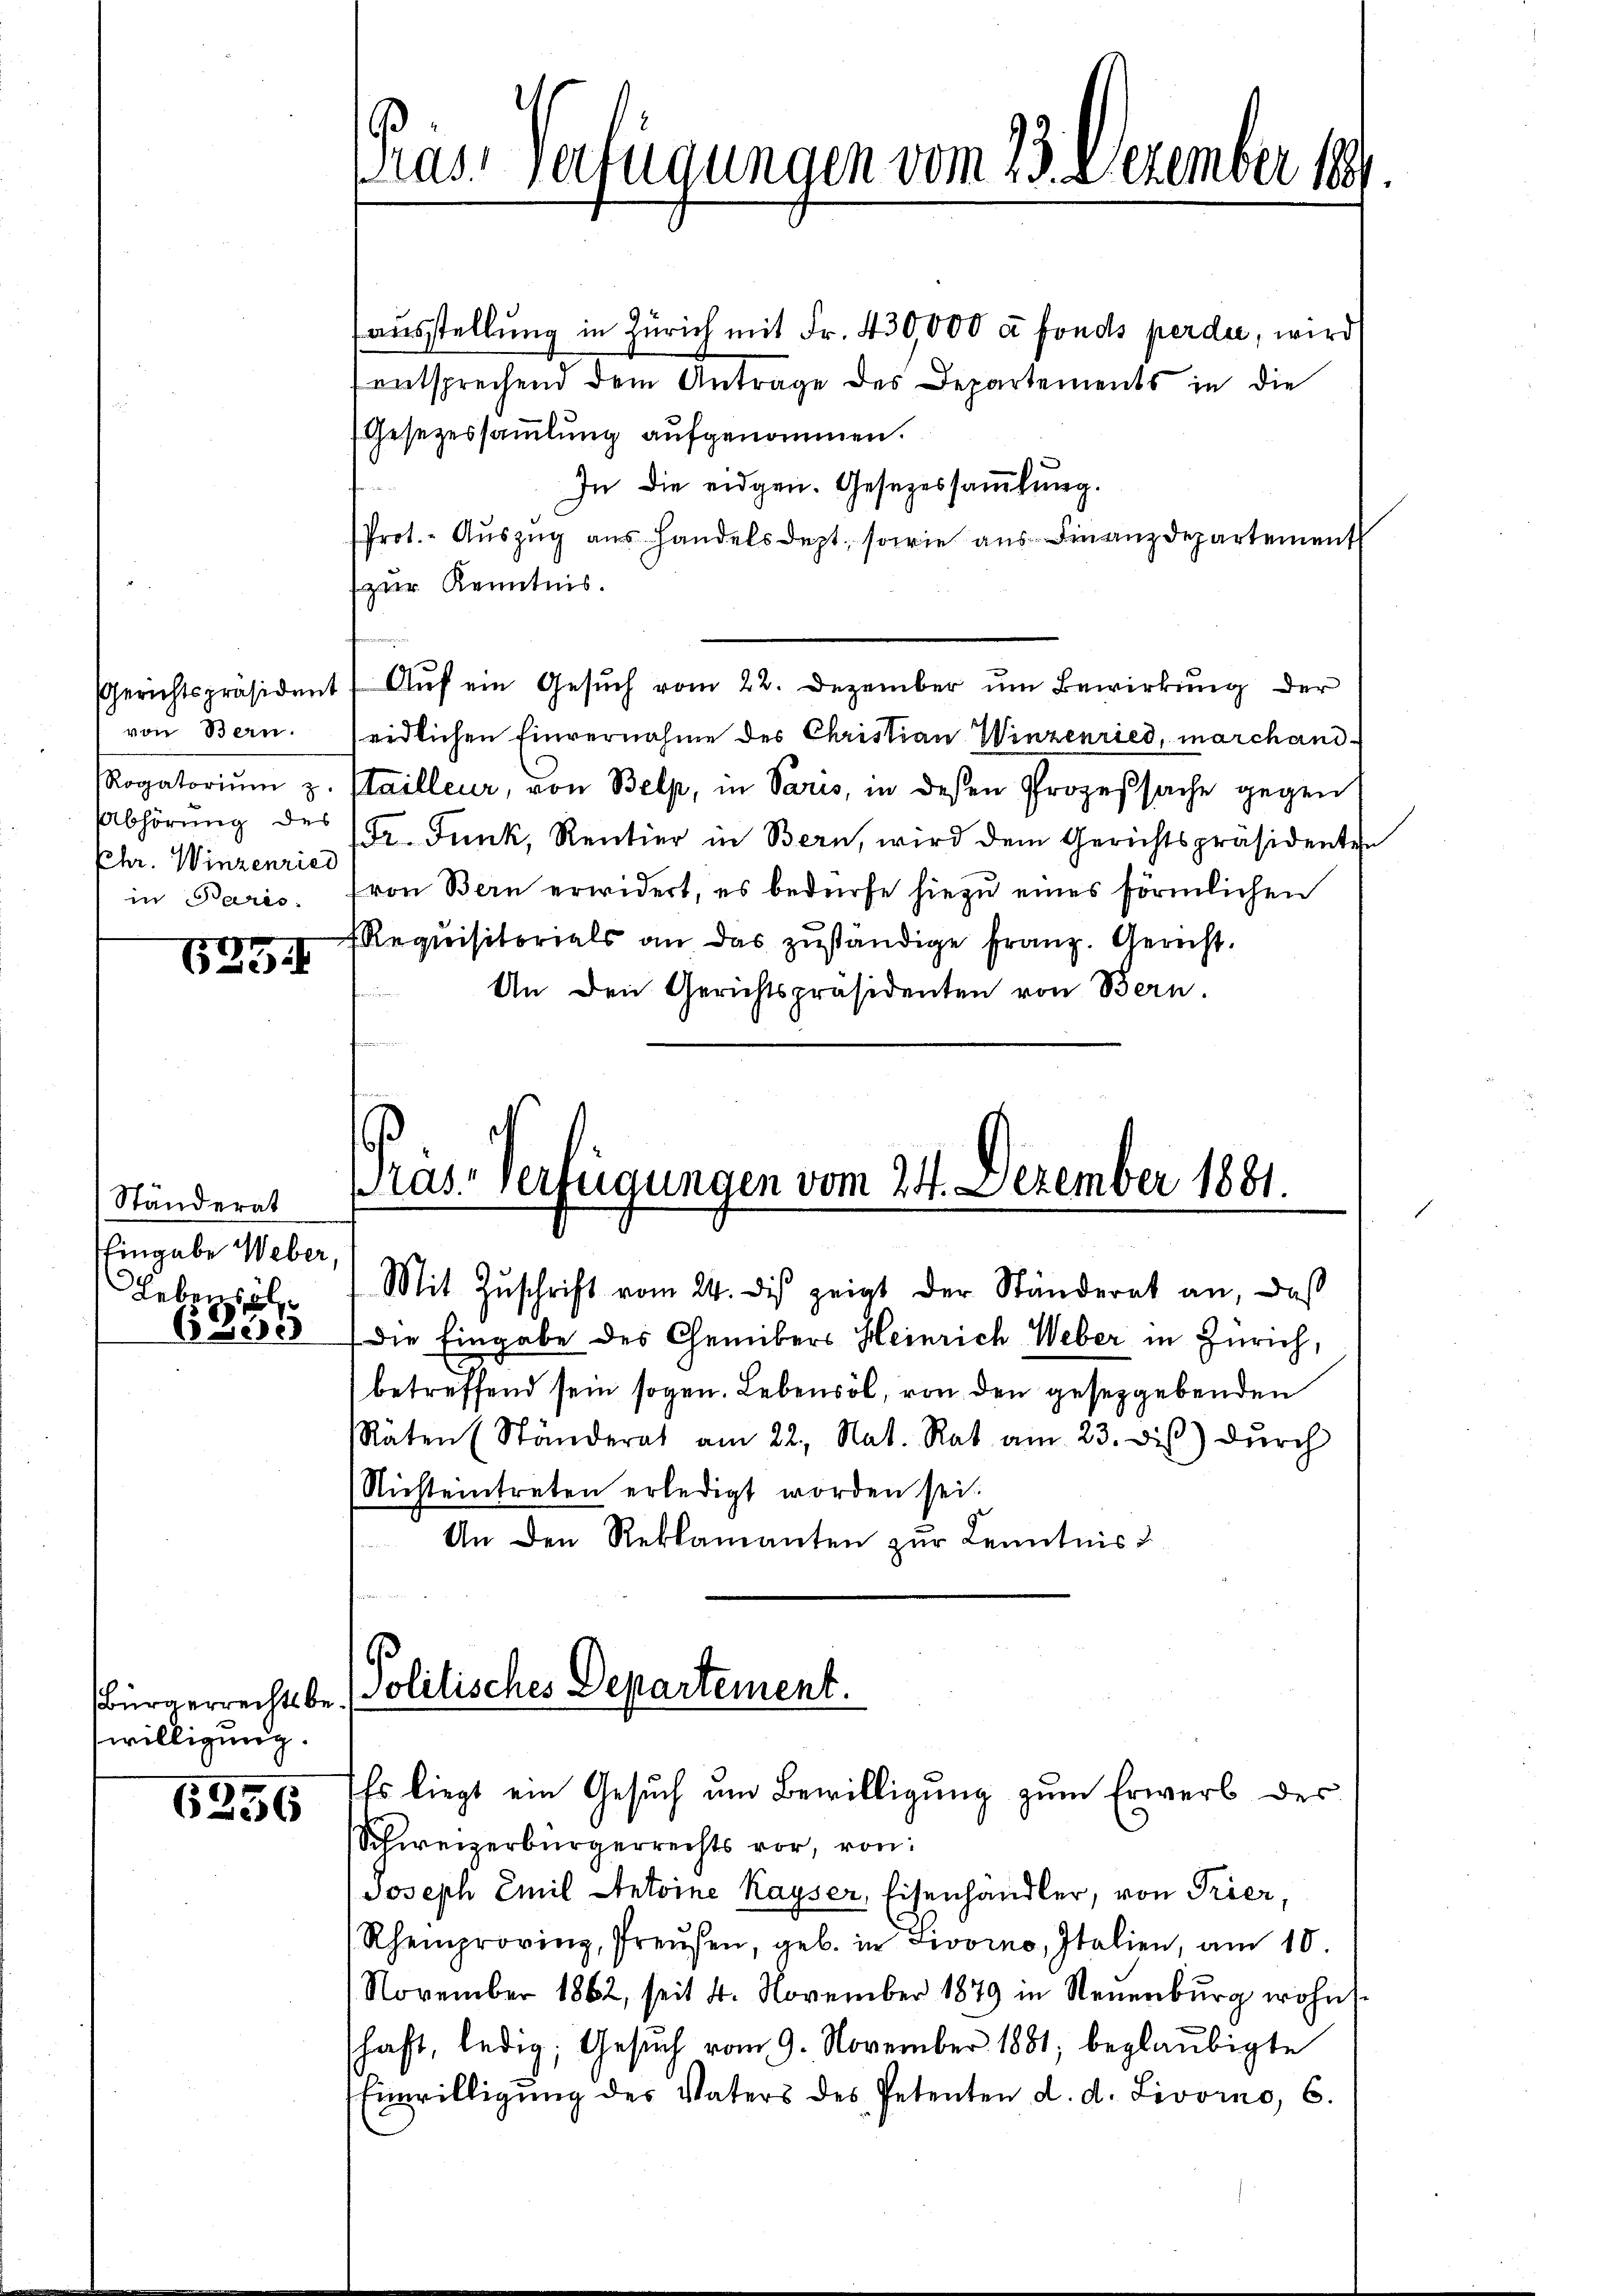
von Bern.
Chr. Winzenried
in Paris.

625

Ständerat
Eingabe Weber,
Leben sol
6300

Bürgerrechtsb
willigung.

6256

Präs. Verfügungen vom 23. Dezember 1891

aŭsstellung in Zürich mit Fr. 430,000 c fonds perde, wird
entsprechend dem Antrage des Departements in die
Gesezessammlung aufgenommen.
In die eidgen. Gesezessammlung.
Prot.- Aŭszŭg aŭs Handels dept, sowie aŭs Finanzdepartement
zur Kenntnis.
Gerichtspräsident Aŭf ein Gesŭch vom 22. Dezember ŭm Bewirkŭng der
eidlichen Einvernahme des Christian Winzenried, marchand¬
Rogatoriŭm z. Hailleur, von Belp, in Paris, in dessen Prozeßsache gegen
Abhörung des Gr. Funk, Rentier in Bern, wird dem Gerichtspräsidenten
(von Bern erwidert, es bedürfe hiezu eines förmlichen
Requisitorials an das zŭständige franz. Gericht.
An den Gerichtspräsidenten von Bern.

Pras-Verfügungen vom 24. Dezember 1881.
Mit Zuschrift vom 24. dies zeigt der Ständerat an, daß

Die Eingabe des Chemibers Heinrich Weber in Zürich,
betreffend sein sogen. Lebensol, von den geseggebenden
Räten (Ständerat am 22. Nat. Rat am 23. dis) dŭrch
Nichteintreten erledigt worden sei.
An den Reklamanten zur Kenntnis
Politisches Departement.
n
Es liegt ein Gesuch um Bewilligung zum Erwerb des
Schweizerbürgerrechts vor, von:
Joseph Emil Antoine Kayser, Eisenhändler, von Trier,
Rhemproving, Preŭsen, geb. in Livorno, Italien, am 10.
November 1862, seit 4. November 1879 in Neuenburg wohn
schaft, ledig, Gesŭch vom 9. November 1881, beglaubigte
Einwilligŭng des Vaters des Petenten d. d. Livorno, 6.